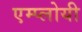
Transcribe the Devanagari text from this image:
एम्प्लोयी